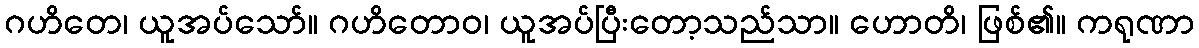
ဂဟိတေ၊ ယူအပ်သော်။ ဂဟိတောဝ၊ ယူအပ်ပြီးတော့သည်သာ။ ဟောတိ၊ ဖြစ်၏။ ကရုဏာ